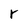
Character: r